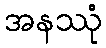
အနဿုံ